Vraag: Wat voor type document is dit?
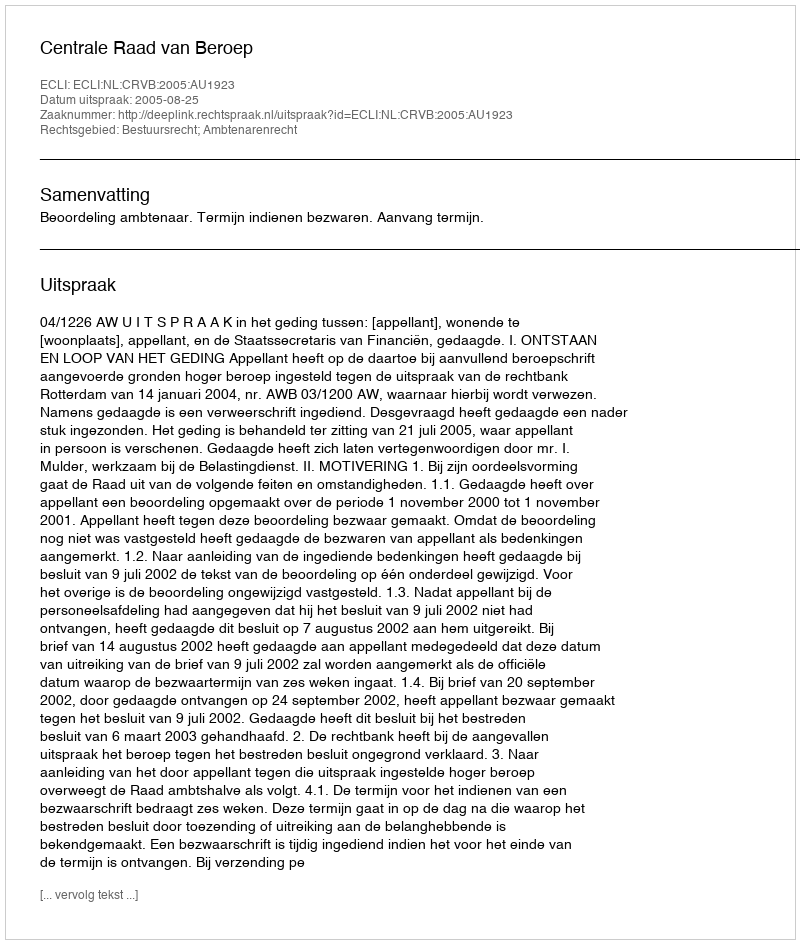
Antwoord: Uitspraak